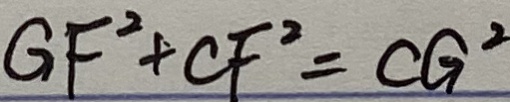
G F ^ { 2 } + C F ^ { 2 } = C G ^ { 2 }